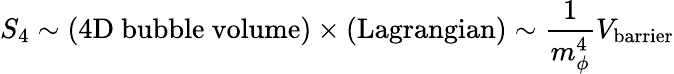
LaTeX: S_{4}\sim(\mathrm{4D~bubble~volume})\times(\mathrm{Lagrangian})\sim\frac{1}{m_{\phi}^{4}}V_{\mathrm{barrier}}